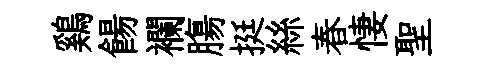
鷄餳襴膓挺絲春悽聖